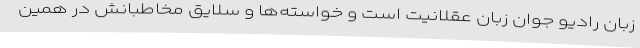
زبان رادیو جوان زبان عقلانیت است و خواسته‌ها و سلایق مخاطبانش در همین